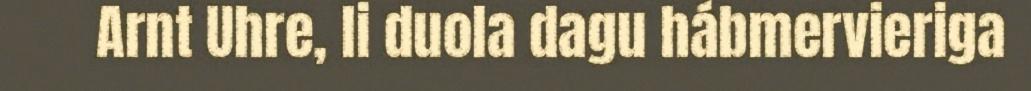
Arnt Uhre, li duola dagu hábmervieriga